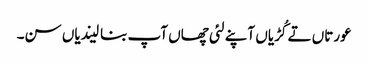
عورتاں تے کُڑیاں آپنے لئی چھاں آپ بنا لیندیاں سن۔